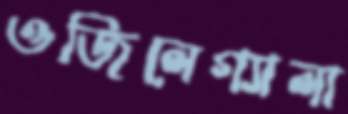
ওজিলেগ্যালা